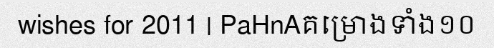
wishes for 2011 | PaHnAគម្រោងទាំង១០